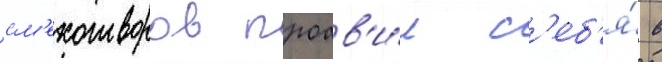
см'ехотворов проав'и́л с'еб'я́ в